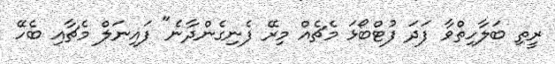
ރީތި ބަލާހިތްވާ ފަދަ ފުޓްބޯޅަ މެޗެއް މިރޭ ފެނިގެންދާނެ" ފައިނަލް މެޗާއި ބެހޭ